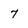
Character: 7